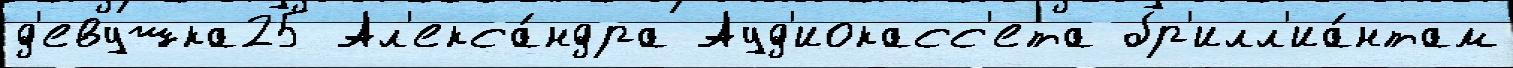
д'евушка25 Ал'екса́ндра Ауд'иокасс'ета бр'илл'иа́нтам